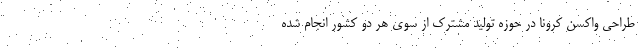
طراحی واکسن کرونا در حوزه تولید مشترک از سوی هر دو کشور انجام شده